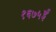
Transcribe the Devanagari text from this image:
१६७५ई